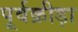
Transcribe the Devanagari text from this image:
पूर्वक्रीड़ा